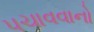
પચાવવાનો